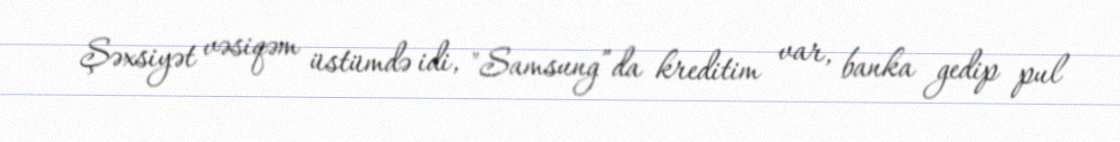
Şəxsiyət vəsiqəm üstümdə idi, "Samsung”da kreditim var, banka gedip pul